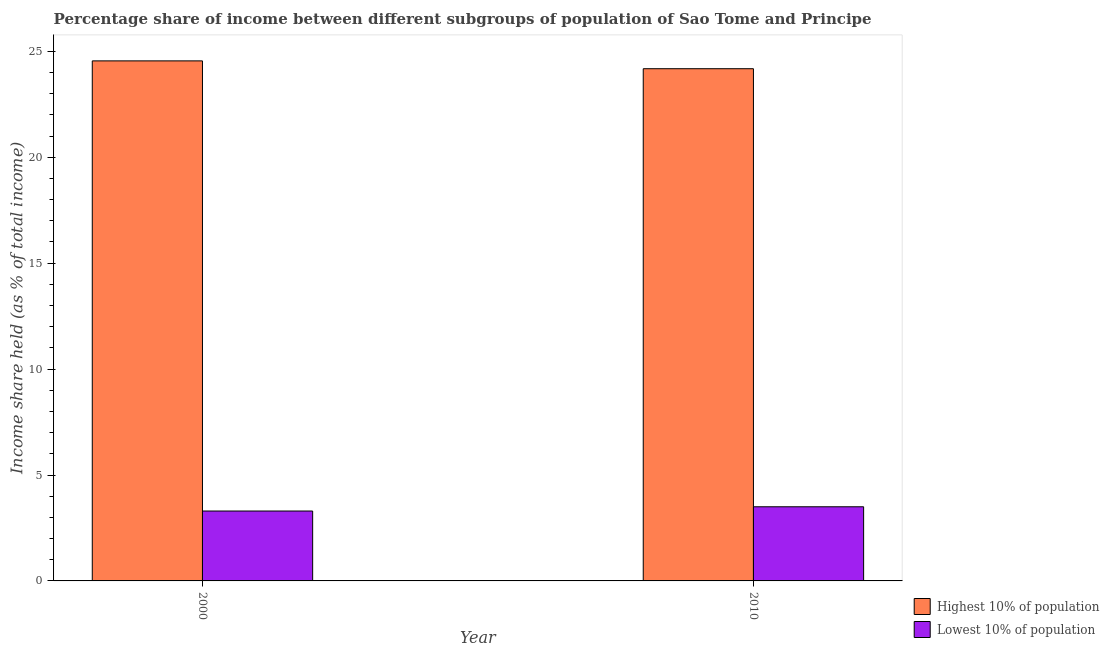
| Year | Highest 10% of population | Lowest 10% of population |
 | --- | --- | --- |
 | 2000 | 24.6 | 3.3 |
 | 2010 | 24.2 | 3.5 |